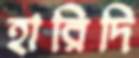
হারিদি